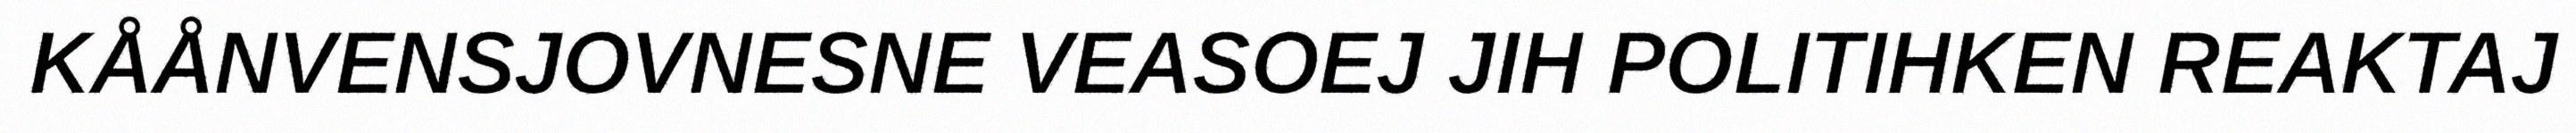
KÅÅNVENSJOVNESNE VEASOEJ JIH POLITIHKEN REAKTAJ